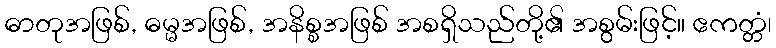
ဓာတုအဖြစ်, ဓမ္မအဖြစ်, အနိစ္စအဖြစ် အစရှိသည်တို့၏ အစွမ်းဖြင့်။ ဧကတ္တံ၊